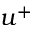
u ^ { + }